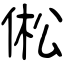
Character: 倯